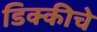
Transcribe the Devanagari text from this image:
डिक्कीचे